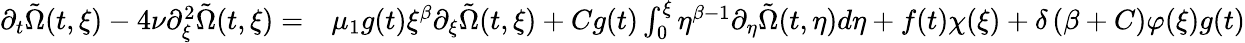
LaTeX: \begin{array}{rl}{\partial_{t}\tilde{\Omega}(t,\xi)-4\nu\partial_{\xi}^{2}\tilde{\Omega}(t,\xi)=}&{{}\mu_{1}g(t)\xi^{\beta}\partial_{\xi}\tilde{\Omega}(t,\xi)+Cg(t)\int_{0}^{\xi}\eta^{\beta-1}\partial_{\eta}\tilde{\Omega}(t,\eta)d\eta+f(t)\chi(\xi)+\delta\left(\beta+C\right)\varphi(\xi)g(t)}\end{array}